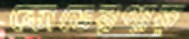
কোডেরপাড়